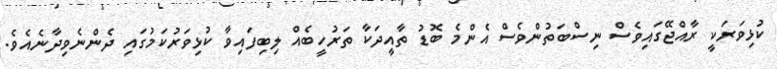
ކުޅިވަރަކީ ރާއްޖޭގައިވެސް ނިސްބަތުންވެސް އެންމެ ބޮޑު ތާއީދަކާ ތަރުހީބެއް ލިބިފައިވާ ކުޅިވަރުކަމުގައި ދެންނެވިދާނެއެވެ.